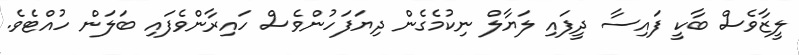
ލީޒާވެސް ބާކީ ފައިސާ ދީފައި ލަޔާލް ނިކުމެގެން ދިޔަފަހުންވެސް ހައިރާންވެފައި ބަލަން ހުއްޓެވެ.